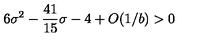
6 \sigma ^ { 2 } - { \frac { 4 1 } { 1 5 } } \sigma - 4 + O ( 1 / { { b } } ) > 0